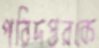
পরিদপ্তরকে